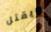
ويقتل